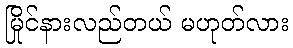
မြိုင်နားလည်တယ် မဟုတ်လား